Elephants and their diseases
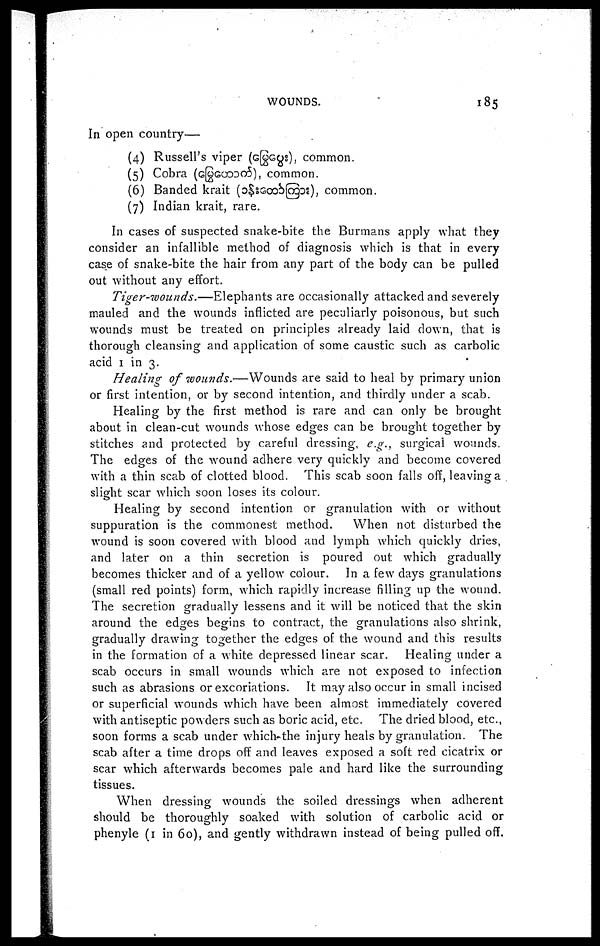
WOUNDS.
185
In open country—
(4) Russell's viper (
), common.
(5) Cobra (
), common.
(6) Banded krait (
), common.
(7) Indian krait, rare.
In cases of suspected snake-bite the Burmans apply what they
consider an infallible method of diagnosis which is that in every
case of snake-bite the hair from any part of the body can be pulled
out without any effort.
Tiger-wounds.—Elephants
are occasionally attacked and severely
mauled and the wounds inflicted are peculiarly poisonous, but such
wounds must be treated on principles already laid down, that is
thorough cleansing and application of some caustic such as carbolic
acid 1 in 3.
Healing of wounds.—Wounds are said to heal by primary union
or first intention, or by second intention, and thirdly under a scab.
Healing by the first method is rare and can only be brought
about in clean-cut wounds whose edges can be brought together by
stitches and protected by careful dressing, e.g., surgical wounds.
The edges of the wound adhere very quickly and become covered
with a thin scab of clotted blood. This scab soon falls off, leaving a
slight scar which soon loses its colour.
Healing by second intention or granulation with or without
suppuration is the commonest method.
When not disturbed the
wound is soon covered with blood and lymph which quickly dries,
and later on a thin secretion is poured out which gradually
becomes thicker and of a yellow colour. In a few days granulations
(small red points) form, which rapidly increase filling up the wound.
The secretion gradually lessens and it will be noticed that the skin
around the edges begins to contract, the granulations also shrink,
gradually drawing together the edges of the wound and this results
in the formation of a white depressed linear scar. Healing under a
scab occurs in small wounds which are not exposed to infection
such as abrasions or excoriations. It may also occur in small incised
or superficial wounds which have been almost immediately covered
with antiseptic powders such as boric acid, etc. The dried blood, etc.,
soon forms a scab under which-the injury heals by granulation. The
scab after a time drops off and leaves exposed a soft red cicatrix or
scar which afterwards becomes pale and hard like the surrounding
tissues.
When dressing wounds the soiled dressings when adherent
should be thoroughly soaked with solution of carbolic acid or
phenyle (1 in 60), and gently withdrawn instead of being pulled off.